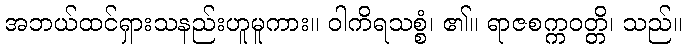
အဘယ်ထင်ရှားသနည်းဟူမူကား။ ဝါကိရသစ္စံ၊ ၏။ ရာဇစက္ကဝတ္တိ၊ သည်။